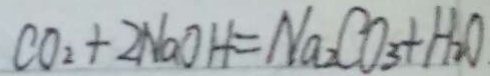
C O _ { 2 } + 2 N a O H = N a _ { 2 } C O _ { 3 } + H _ { 2 } O